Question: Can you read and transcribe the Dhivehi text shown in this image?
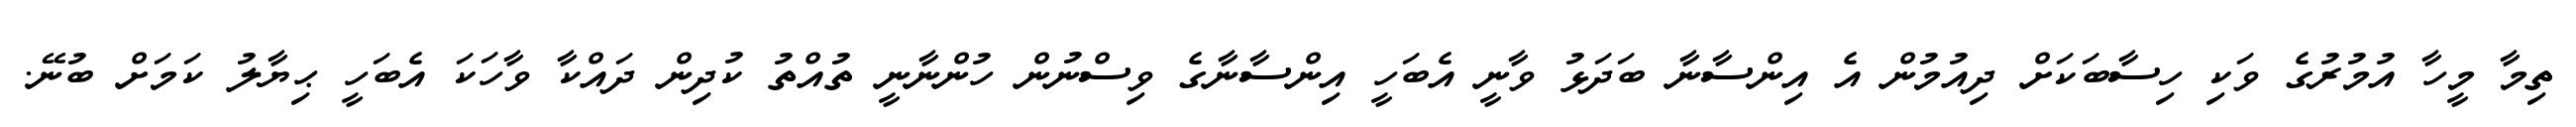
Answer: ތިމާ މީހާ އުމުރުގެ ވަކި ހިސާބަކަށް ދިއުމުން އެ އިންސާނާ ބަދަޅު ވާނީ އެބަހީ އިންސާނާގެ ވިސްނުން ހުންނާނީ ތުއްތު ކުދިން ދައްކާ ވާހަކަ އެބަހީ ޙިޔާލު ކަމަށް ބުނޭ.